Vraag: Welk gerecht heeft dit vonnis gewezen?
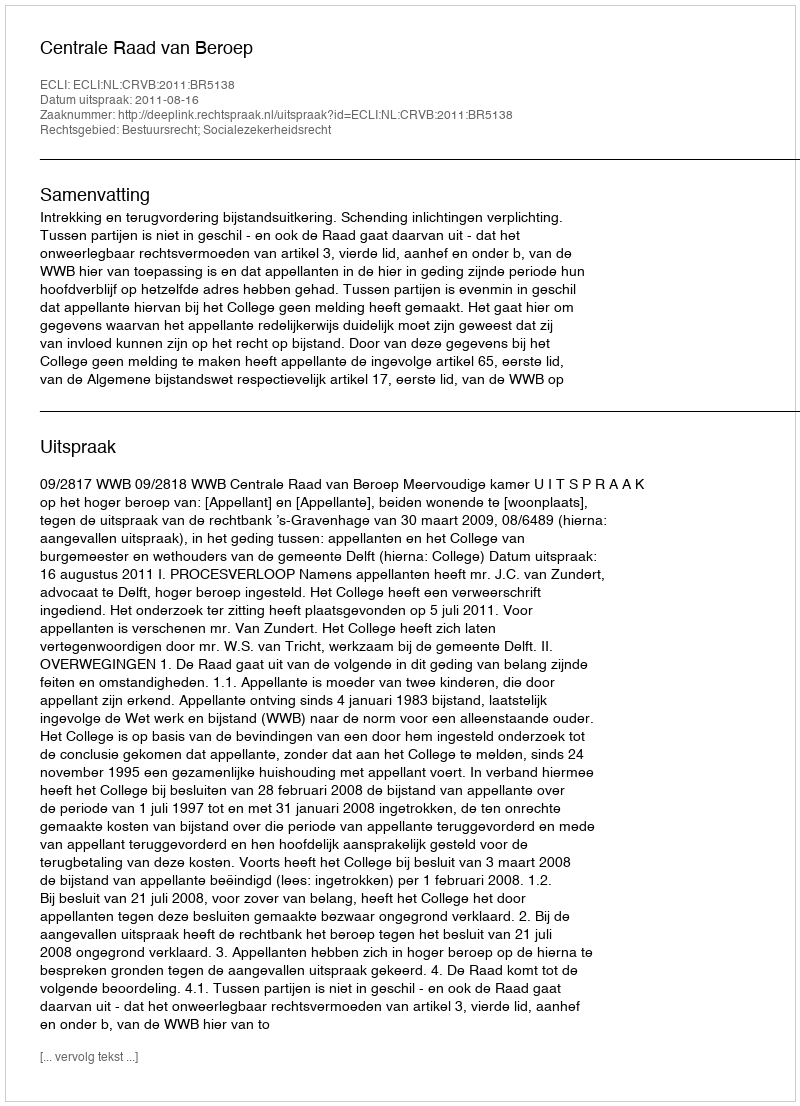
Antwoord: Centrale Raad van Beroep